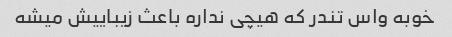
خوبه واس تندر که هیچی نداره باعث زیباییش میشه